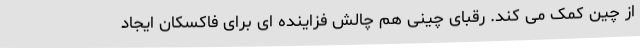
از چین کمک می کند. رقبای چینی هم چالش فزاینده ای برای فاکسکان ایجاد